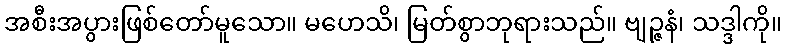
အစီးအပွားဖြစ်တော်မူသော။ မဟေသိ၊ မြတ်စွာဘုရားသည်။ ဗျဉ္ဇနံ၊ သဒ္ဒါကို။